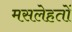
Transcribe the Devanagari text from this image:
मसलेहतों